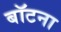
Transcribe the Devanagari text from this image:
बॉटना